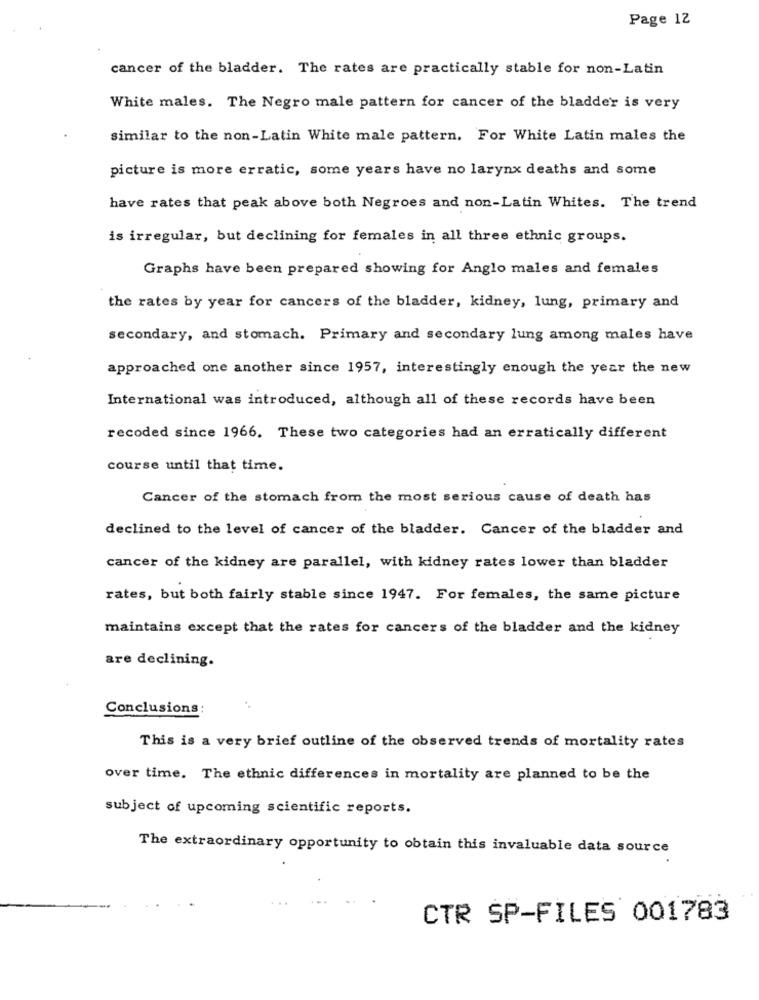
Page 12
cancer of the bladder. The rates are practically stable for non-Latin
White males. The Negro male pattern for cancer of the bladder is very
similar to the non-Latin White male pattern. For White Latin males the
picture is more erratic, some years have no larynx deaths and some
have rates that peak above both Negroes and non-Latin Whites. The trend
is irregular, but declining for females in all three ethnic groups.
Graphs have been prepared showing for Anglo males and females
the rates by year for cancers of the bladder, kidney, lung, primary and
secondary, and stomach. Primary and secondary lung among males have
approached one another since 1957, interestingly enough the year the new
International was introduced, although all of these records have been
recoded since 1966. These two categories had an erratically different
course until that time.
Cancer of the stomach from the most serious cause of death has
declined to the level of cancer of the bladder. Cancer of the bladder and
cancer of the kidney are parallel, with kidney rates lower than bladder
rates, but both fairly stable since 1947. For females, the same picture
maintains except that the rates for cancers of the bladder and the kidney
are declining.
Conclusions:
This is a very brief outline of the observed trends of mortality rates
over time. The ethnic differences in mortality are planned to be the
subject of upcoming scientific reports.
The extraordinary opportunity to obtain this invaluable data source
CTR SP-FILES 001783